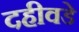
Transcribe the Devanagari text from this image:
दहीवडे